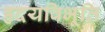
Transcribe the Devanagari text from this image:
हृदयविभूति